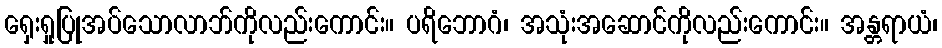
ရှေးရှုပြုအပ်သောလာဘ်ကိုလည်းကောင်း။ ပရိဘောဂံ၊ အသုံးအဆောင်ကိုလည်းကောင်း။ အန္တရာယံ၊